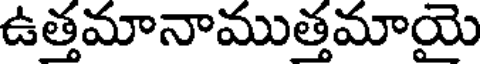
ఉత్తమానాముత్తమాయై